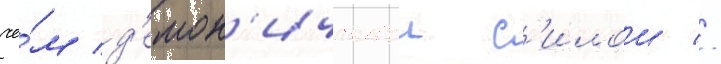
че́м д'емон'ическои с'илои //